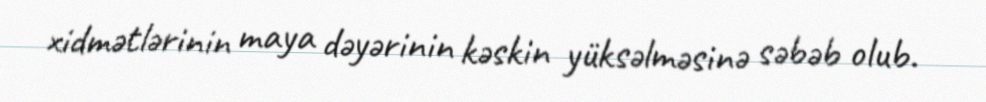
xidmətlərinin maya dəyərinin kəskin yüksəlməsinə səbəb olub.